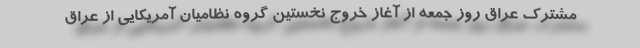
مشترک عراق روز جمعه از آغاز خروج نخستین گروه نظامیان آمریکایی از عراق